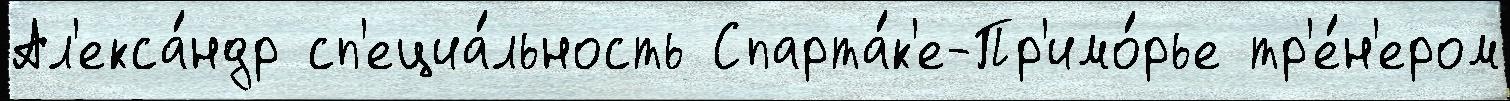
Ал'екса́ндр сп'ециа́льность Спарта́к'е-Пр'имо́рье тр'е́н'ером